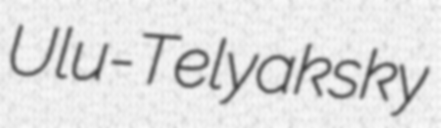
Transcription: Ulu-Telyaksky